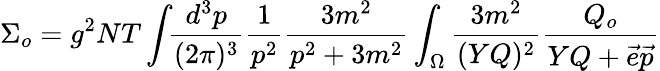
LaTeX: \Sigma_{o}=g^{2}NT\int\! \! {\frac{d^{3}p}{(2\pi)^{3}}}{\frac{1}{p^{2}}}{\frac{3m^{2}}{p^{2}+3m^{2}}}\int_{\Omega}{\frac{3m^{2}}{(YQ)^{2}}}{\frac{Q_{o}}{YQ+\vec{e}\vec{p}}}